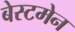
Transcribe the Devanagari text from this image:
बेस्टमेन